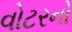
વોટરનો